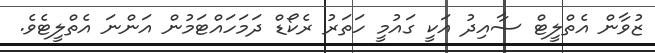
ޒުވާން އެތްލީޓް ސާއިދު އަކީ ގައުމީ ހަތަރު ރެކޯޑް ދަމަހައްޓަމުން އަންނަ އެތްލީޓެވެ.